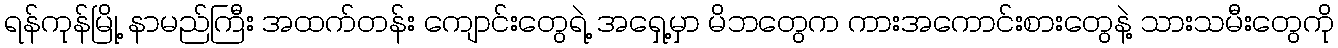
ရန်ကုန်မြို့ နာမည်ကြီး အထက်တန်း ကျောင်းတွေရဲ့ အရှေ့မှာ မိဘတွေက ကားအကောင်းစားတွေနဲ့ သားသမီးတွေကို